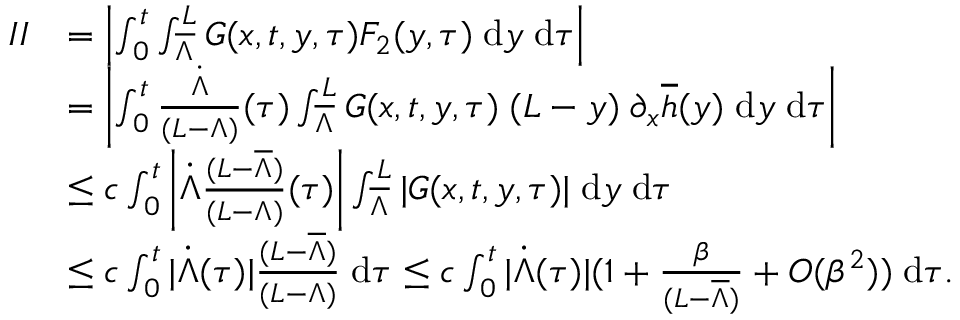
\begin{array} { r l } { I I } & { = \left| \int \displaylimits _ { 0 } ^ { t } \int \displaylimits _ { \overline { { \Lambda } } } ^ { L } G ( x , t , y , \tau ) F _ { 2 } ( y , \tau ) \; \mathrm { d } y \; \mathrm { d } \tau \right| } \\ & { = \left| \int \displaylimits _ { 0 } ^ { t } { \frac { \dot { \Lambda } } { ( L - \Lambda ) } ( \tau ) } \int \displaylimits _ { \overline { { \Lambda } } } ^ { L } G ( x , t , y , \tau ) \; ( L - y ) \; \partial _ { x } \overline { { h } } ( y ) \; \mathrm { d } y \; \mathrm { d } \tau \right| } \\ & { \le c \int \displaylimits _ { 0 } ^ { t } { \left| \dot { \Lambda } \frac { ( L - \overline { { \Lambda } } ) } { ( L - \Lambda ) } ( \tau ) \right| } \int \displaylimits _ { \overline { { \Lambda } } } ^ { L } | G ( x , t , y , \tau ) | \; \mathrm { d } y \; \mathrm { d } \tau } \\ & { \le c \int \displaylimits _ { 0 } ^ { t } { | \dot { \Lambda } ( \tau ) | \frac { ( L - \overline { { \Lambda } } ) } { ( L - \Lambda ) } \; \mathrm { d } \tau } \le c \int \displaylimits _ { 0 } ^ { t } { | \dot { \Lambda } ( \tau ) | ( 1 + \frac { \beta } { ( L - \overline { { \Lambda } } ) } + O ( \beta ^ { 2 } ) ) \; \mathrm { d } \tau } . } \end{array}